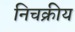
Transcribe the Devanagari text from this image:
निचक्रीय